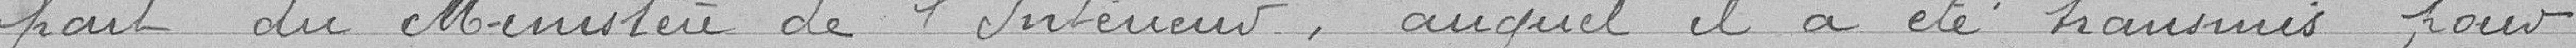
part du Ministère de l'Intérieur, auquel il a été transmis pour